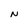
Character: N